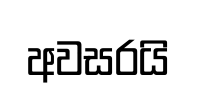
අවසරයි